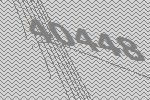
40448